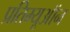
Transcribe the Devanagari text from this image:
प्रतिम्यूऑन